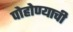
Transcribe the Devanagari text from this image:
पोहोण्याची